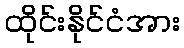
ထိုင်းနိုင်ငံအား